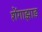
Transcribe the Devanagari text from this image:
शेंगाझाड